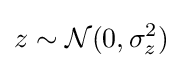
z\sim {\mathcal {N}}(0,\sigma _{z}^{2})